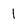
Character: 1